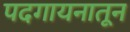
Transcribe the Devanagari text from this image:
पदगायनातून